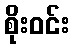
စိုးဝင်း